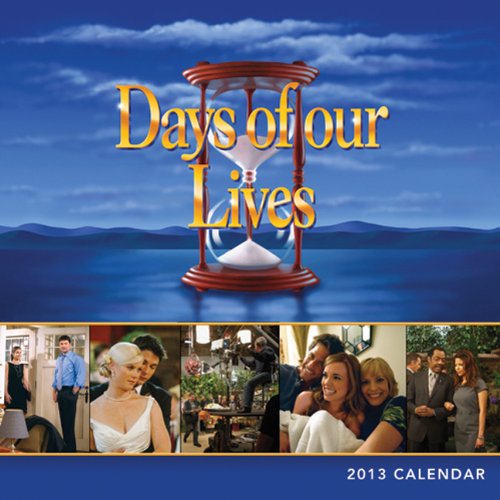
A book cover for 2013 Days of Our Lives wall calendar; Days of Our Lives; Calendars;